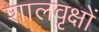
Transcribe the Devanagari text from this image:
शालवृक्षों